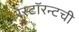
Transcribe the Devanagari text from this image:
रेस्टॉरन्टची